Medical and sanitary report of the native army of Madras for the year
Year: 1877
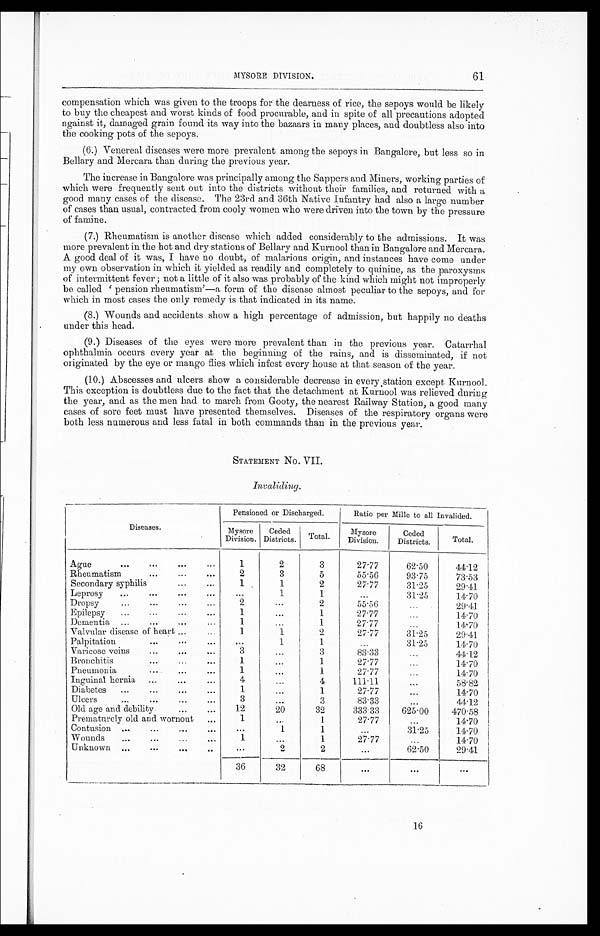
61
MYSORE DIVISION.
compensation which was given to the troops for the dearness of rice, the sepoys would be likely
to buy the cheapest and worst kinds of food procurable, and in spite of all precautions adopted
against it, damaged grain found. its way into the bazaars in many places, and doubtless also into
the cooking pots of the sepoys.
(6.) Venereal diseases were more prevalent among the sepoys in Bangalore, but less so in
Bellary and Mercara than during the previous year.
The increase in Bangalore was principally among the Sappers and Miners, working parties of
which were frequently sent out into the districts without their families, and returned with a
good many cases of the disease. The 23rd and 36th Native Infantry had also a large number
of cases than usual, contracted from cooly women who were driven into the town by the pressure
of famine.
(7.) Rheumatism is another disease which added considerably to the admissions. It was
more prevalent in the hot and dry stations of Bellary and Kurnool than in Bangalore and Mercara.
A good deal of it was, I have no doubt, of malarious origin, and instances have come under
my own observation in which it yielded as readily and completely to quinine, as the paroxysms
of intermittent fever ; not a little of it also was probably of the kind which might not improperly
be called pension rheumatism'-a form of the disease almost peculiar to the sepoys, and for
which in most cases the only remedy is that indicated in its name.
(8.) Wounds and accidents show a high percentage of admission, but happily no deaths
under this head.
(9.) Diseases of the eyes were more prevalent than in the previous year. Catarrhal
ophthalmia occurs every year at the beginning of the rains, and is disseminated, if not
originated by the eye or mango flies which infest every house at that season of the year.
(10.) Abscesses and ulcers show a considerable decrease in every station except Kurnool.
This exception is doubtless due to the fact that the detachment at Kurnool was relieved during
the year, and as the men had to march from Gooty, the nearest Railway Station, a good many
cases of sore feet must have presented themselves. Diseases of the respiratory organs were
both less numerous and less fatal in both commands than in the previous year.
STATEMENT NO. VII.
Invaliding.
Diseases.
Pensioned or Discharged.
Ratio per Mille to all Invalided.
Mysore
Division.
Ceded
Districts.
Total.
Mysore
Division.
Ceded
Districts.
Total.
...
...
Agu e
...
...
1
2
3
27.77
62.50
44.12
...
Rheumatism
...
...
2
3
5
5 5 . 5 6
93.75
73.53
Secondary syphilis...
.
1
2
27.77
31.25
29.41
Leprosy
...
...
...
...
. . .
1
-
31.25
14.70
...
Dropsy
...
...
...
2
...
2
55.56
...
29.41
...
...
Epilepsy
......
1
...
1
27.77
...
14. 70
Dementia ......
...
...
1
...
1
27.77
...
14.70
Valvular disease of heart ...
1
1
2
27.77
31.25
29.41
Palpitation
...
......
. . .
1
. .
.
31.25
14.70
.
. .
...
Varicose veins
...
3
. .
.
3
83.33
-
44.12
Bronchitis
...
...
1
...
1
27.77
..
14.70
Pneumonia
...
...
. ..
1
...
1
27.77
14.70
Inguinal hernia
...
...
...
. . .
4
111:11
...
58.82
Diabetes
...
...
...
...
1
.. .
1
27.77
...
14.70
Ulcers
..,
...
...
...
. . .
3
83.33
...
44.12
Old age and debility,
...
...
12
20
32
3 3 3 . 3 3
625.00
470.58
Prematurely old and wornout
.,.
. .
1
27.77
...
1 4 . 7 0
Contusion ....
...
...
...
. . .
1
...
31.25
14.70
Wounds
...
...
...
...
1.
...
1
27.7
14.70
Unknown ...
...
...
..
...
2
I
...
62 . 50
29.41
36
32
68
. . .
. . .
. . .
16